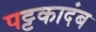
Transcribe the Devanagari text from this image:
पट्टकादंब